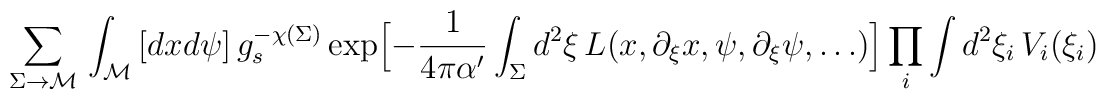
\hspace{-1.5cm}\sum_{\Sigma \rightarrow {\cal M}}\, \int_{{\cal M}}\,[dxd\psi]\, g_s^{-\chi(\Sigma)}\exp\Bigl[ -{1\over 4\pi \alpha'}\int_{\Sigma}d^2\xi \, L(x,\partial_{\xi}x, \psi, \partial_{\xi}\psi,\ldots)\Bigr] \prod_i  \int d^2 \xi_i \, V_i(\xi_i)